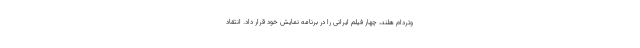
وتردام هلند، چهار فیلم ایرانی را در برنامه نمایش خود قرار داد. انتقاد